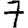
Digit: 7